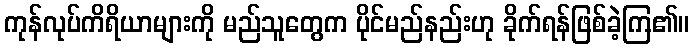
ကုန်လုပ်ကိရိယာများကို မည်သူတွေက ပိုင်မည်နည်းဟု ခိုက်ရန်ဖြစ်ခဲ့ကြ၏။